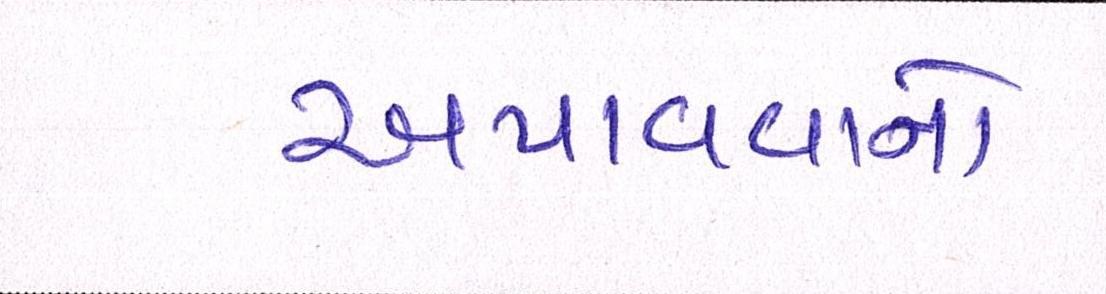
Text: અપાવવાનો